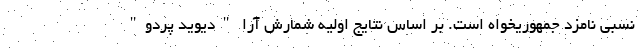
نسبی نامزد جمهوریخواه است. بر اساس نتایج اولیه شمارش آرا "دیوید پردو"